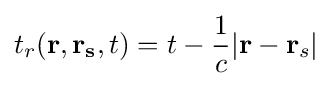
t_{r}(\mathbf {r} ,\mathbf {r_{s}} ,t)=t-{\frac {1}{c}}|\mathbf {r} -\mathbf {r} _{s}|